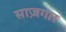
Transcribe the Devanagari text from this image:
साज़गार